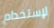
لإستخدام